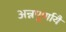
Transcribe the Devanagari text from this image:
अन्नपूर्णायै